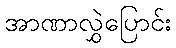
အာဏာလွှဲပြောင်း